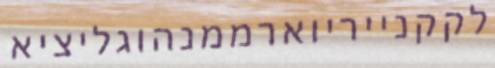
לקקנייריוארממנהוגליציא